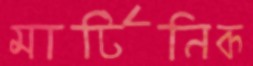
মার্টিনিক